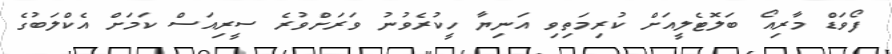
ފޯވަޑް މާރިއޯ ބަލޮޓެލީއަށް ކުރިމަތިވި އަނިޔާ ހީކުރެވުނު ވަރަށްވުރެ ސީރިއަސް ކަމަށް އެކްލަބުގެ